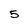
Character: 5